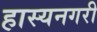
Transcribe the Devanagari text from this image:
हास्यनगरी